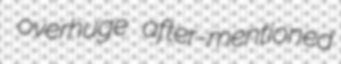
overhuge after-mentioned